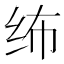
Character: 𱺔